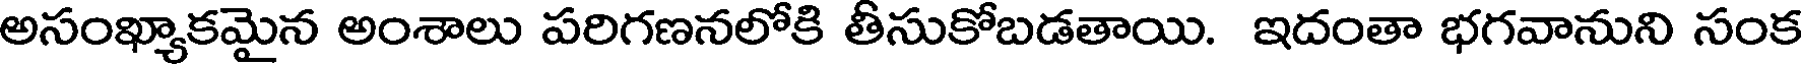
అసంఖ్యాకమైన అంశాలు పరిగణనలోకి తీసుకోబడతాయి. ఇదంతా భగవానుని సంక